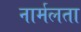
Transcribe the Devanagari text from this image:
नार्मलता